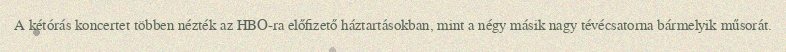
A kétórás koncertet többen nézték az HBO-ra előfizető háztartásokban, mint a négy másik nagy tévécsatorna bármelyik műsorát.